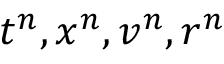
t ^ { n } , x ^ { n } , v ^ { n } , r ^ { n }